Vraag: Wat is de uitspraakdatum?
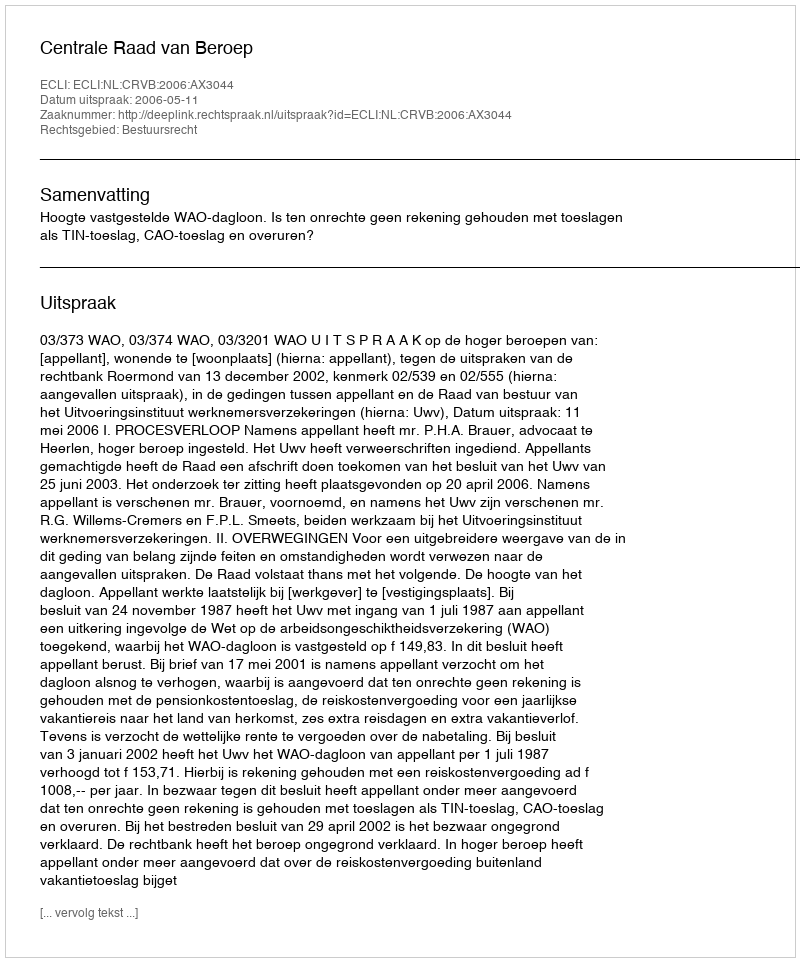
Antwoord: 2006-05-11